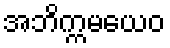
အဘိက္ကမယေဝ